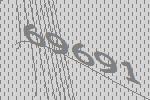
69691